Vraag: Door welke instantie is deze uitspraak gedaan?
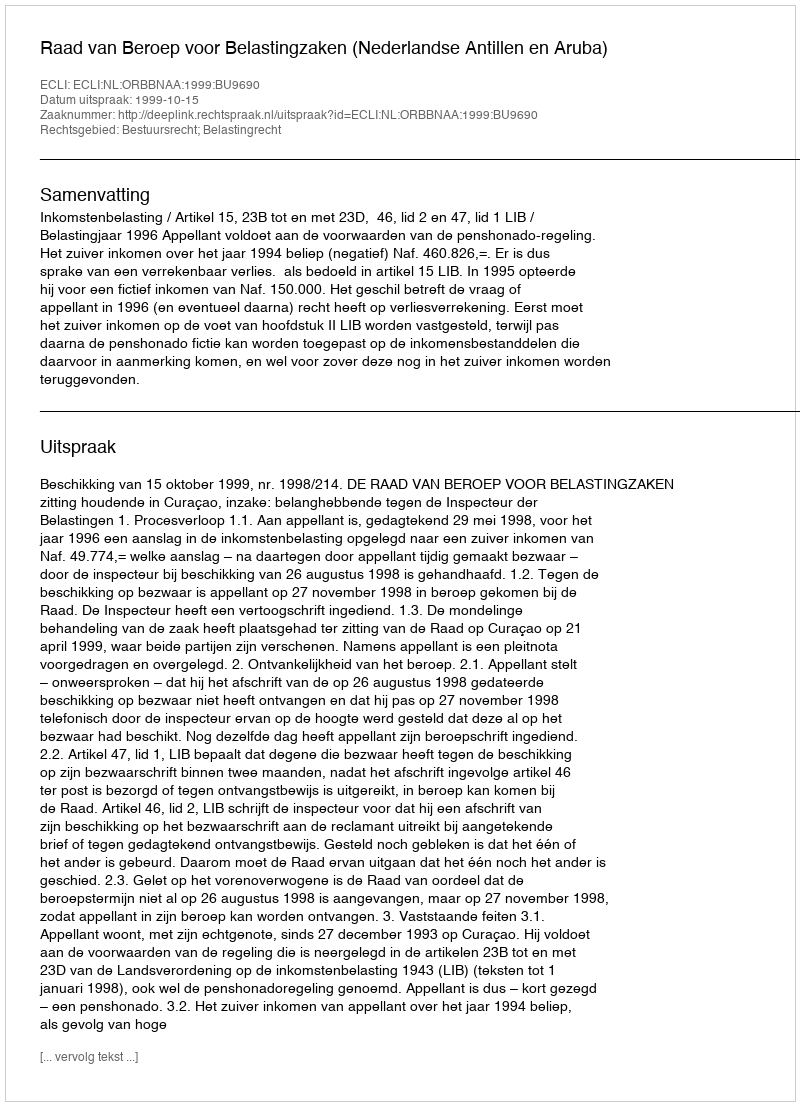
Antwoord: Raad van Beroep voor Belastingzaken (Nederlandse Antillen en Aruba)